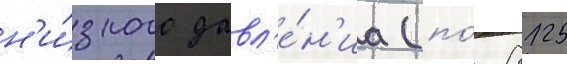
н'и́зкого давл'е́н'иа (по́ 8125